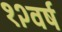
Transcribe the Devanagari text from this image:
१२वर्ष